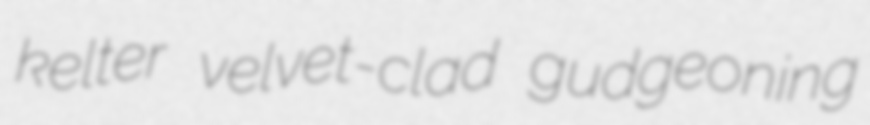
kelter velvet-clad gudgeoning